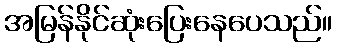
အမြန်နိုင်ဆုံးပြေးနေပေသည်။